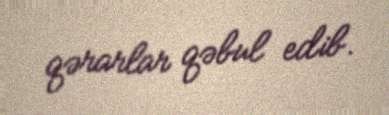
qərarlar qəbul edib.